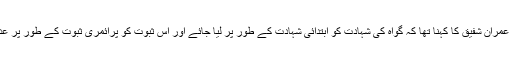
نیب پراسیکیوٹر عمران شفیق کا کہنا تھا کہ گواہ کی شہادت کو ابتدائی شہادت کے طور پر لیا جائے اور اس ثبوت کو پرائمری ثبوت کے طور پر عدالت قبول کرے۔